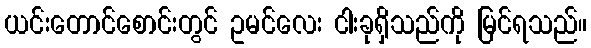
ယင်းတောင်စောင်းတွင် ဥမင်လေး ငါးခုရှိသည်ကို မြင်ရသည်။